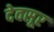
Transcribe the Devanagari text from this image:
देवसूर